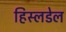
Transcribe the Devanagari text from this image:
हिस्लडेल